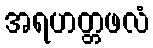
အရဟတ္တဖလံ